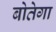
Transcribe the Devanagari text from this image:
बोतेगा